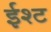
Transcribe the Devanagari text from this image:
ईश्ट